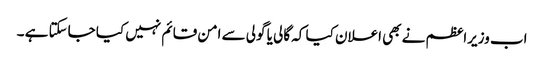
اب وزیراعظم نے بھی اعلان کیا کہ گالی یا گولی سے امن قائم نہیں کیا جاسکتا ہے ۔